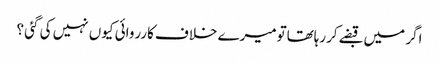
اگر میں قبضے کررہاتھاتومیرے خلاف کارروائی کیوں نہیں کی گئی ؟